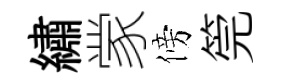
繡䝉傍筦